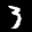
Label: 3